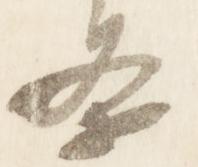
条